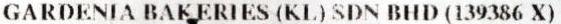
GARDENIA BAKERIES (KL) SDN BHD (139386 X)